Lunatic asylums Central Provinces reports 1886-1894 - 1886-1894
Year: 1886
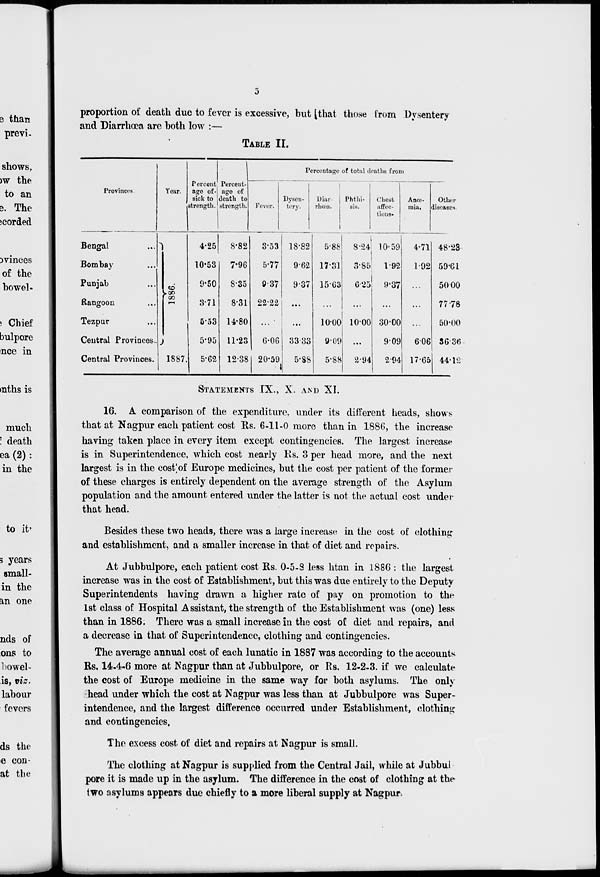
5
proportion of death due to fever is excessive, but that those from Dysentery
and Diarrhœa are both low :—
TABLE II.
Provinces.
Bengal ...
Bombay ...
Punjab ...
Rangoon ...
Tezpur ...
Central Provinces. ...
Central Provinces. ...
Year.
1886.
1887.
Percent
age of¬
sick to
strength.
4.25
10.53
9.50
3.71
5.53
5.95
5.62
Percent-
age of
death to
strength.
8.82
7.96
8.35
8.31
14.80
11.23
12.38
Percentage of total deaths front
Fever.
3.53
5.77
9.37
22.22
...
6.06
20.59
Dysen-
tery.
18.82
9.62
9.37
...
...
33.33
5.88
Diar-
rhœa.
5.88
17.31
15.63
...
10.00
9.09
5.88
Phthi-
sis.
8.24
3.85
6.25
...
10.00
...
2.94
Chest
affec-
tions.
10.59
1.92
9.37
...
30.00
9.09
2.94
Anœ¬
mia.
4.71
1.2
...
...
...
6.06
17.65
Other
diseases.
48.23
59.61
50.00
77.78
50.00
36.6
44.12
STATEMENTS IX., X. AND XI.
16. A comparison of the expenditure. under its different heads, shows
that at Nagpur each patient cost Rs. 6-11-0 more than in 1886, the increase
having taken place in every item except contingencies. The largest increase
is in Superintendence, which cost nearly Rs. 3 per head more, and the next
largest is in the cost of Europe medicines, but the cost per patient of the former
of these charges is entirely dependent on the average strength of the Asylum
population and the amount entered under the latter is not the actual cost under
that head.
Besides these two heads, there was a large increase in the cost of clothing
and establishment, and a smaller increase in that of diet and repairs.
At Jubbulpore, each patient cost Rs. 0-5-8 less htan in 1886 : the largest
increase was in the cost of Establishment, but this was due entirely to the Deputy
Superintendents having drawn a higher rate of pay on promotion to the
1st class of Hospital Assistant, the strength of the Establishment was (one) less
than in 1886. There was a small increase in the cost of diet and repairs, and
a decrease in that of Superintendence, clothing and contingencies.
The average annual cost of each lunatic in 1887 was according to the accounts
Rs. 14-4-6 more at Nagpur than at Jubbulpore, or Rs. 12-2-3. if we calculate
the cost of Europe medicine in the same way for both asylums. The only
head under which the cost at Nagpur was less than at Jubbulpore was Super-
intendence, and the largest difference occurred under Establishment, clothing
and contingencies.
The excess cost of diet and repairs at Nagpur is small.
The clothing at Nagpur is supplied from the Central Jail, while at Jubbul
pore it is made up in the asylum. The difference in the cost of clothing at the
two asylums appears due chiefly to a more liberal supply at Nagpur.